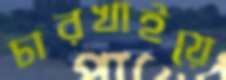
চারখাইয়ে